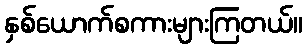
နှစ်ယောက်စကားများကြတယ်။